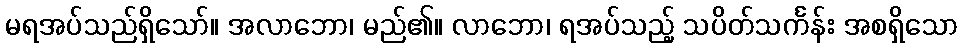
မရအပ်သည်ရှိသော်။ အလာဘော၊ မည်၏။ လာဘော၊ ရအပ်သည့် သပိတ်သင်္ကန်း အစရှိသော